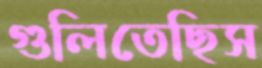
গুলিতেছিস